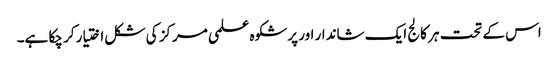
اس کے تحت ہر کالج ایک شاندار اور پرشکوہ علمی مرکز کی شکل اختیار کر چکا ہے۔